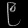
Digit: ၉